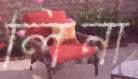
লিনা